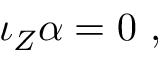
\iota _ { Z } \alpha = 0 \ ,